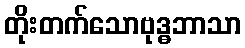
တိုးတက်သောဗုဒ္ဓဘာသာ